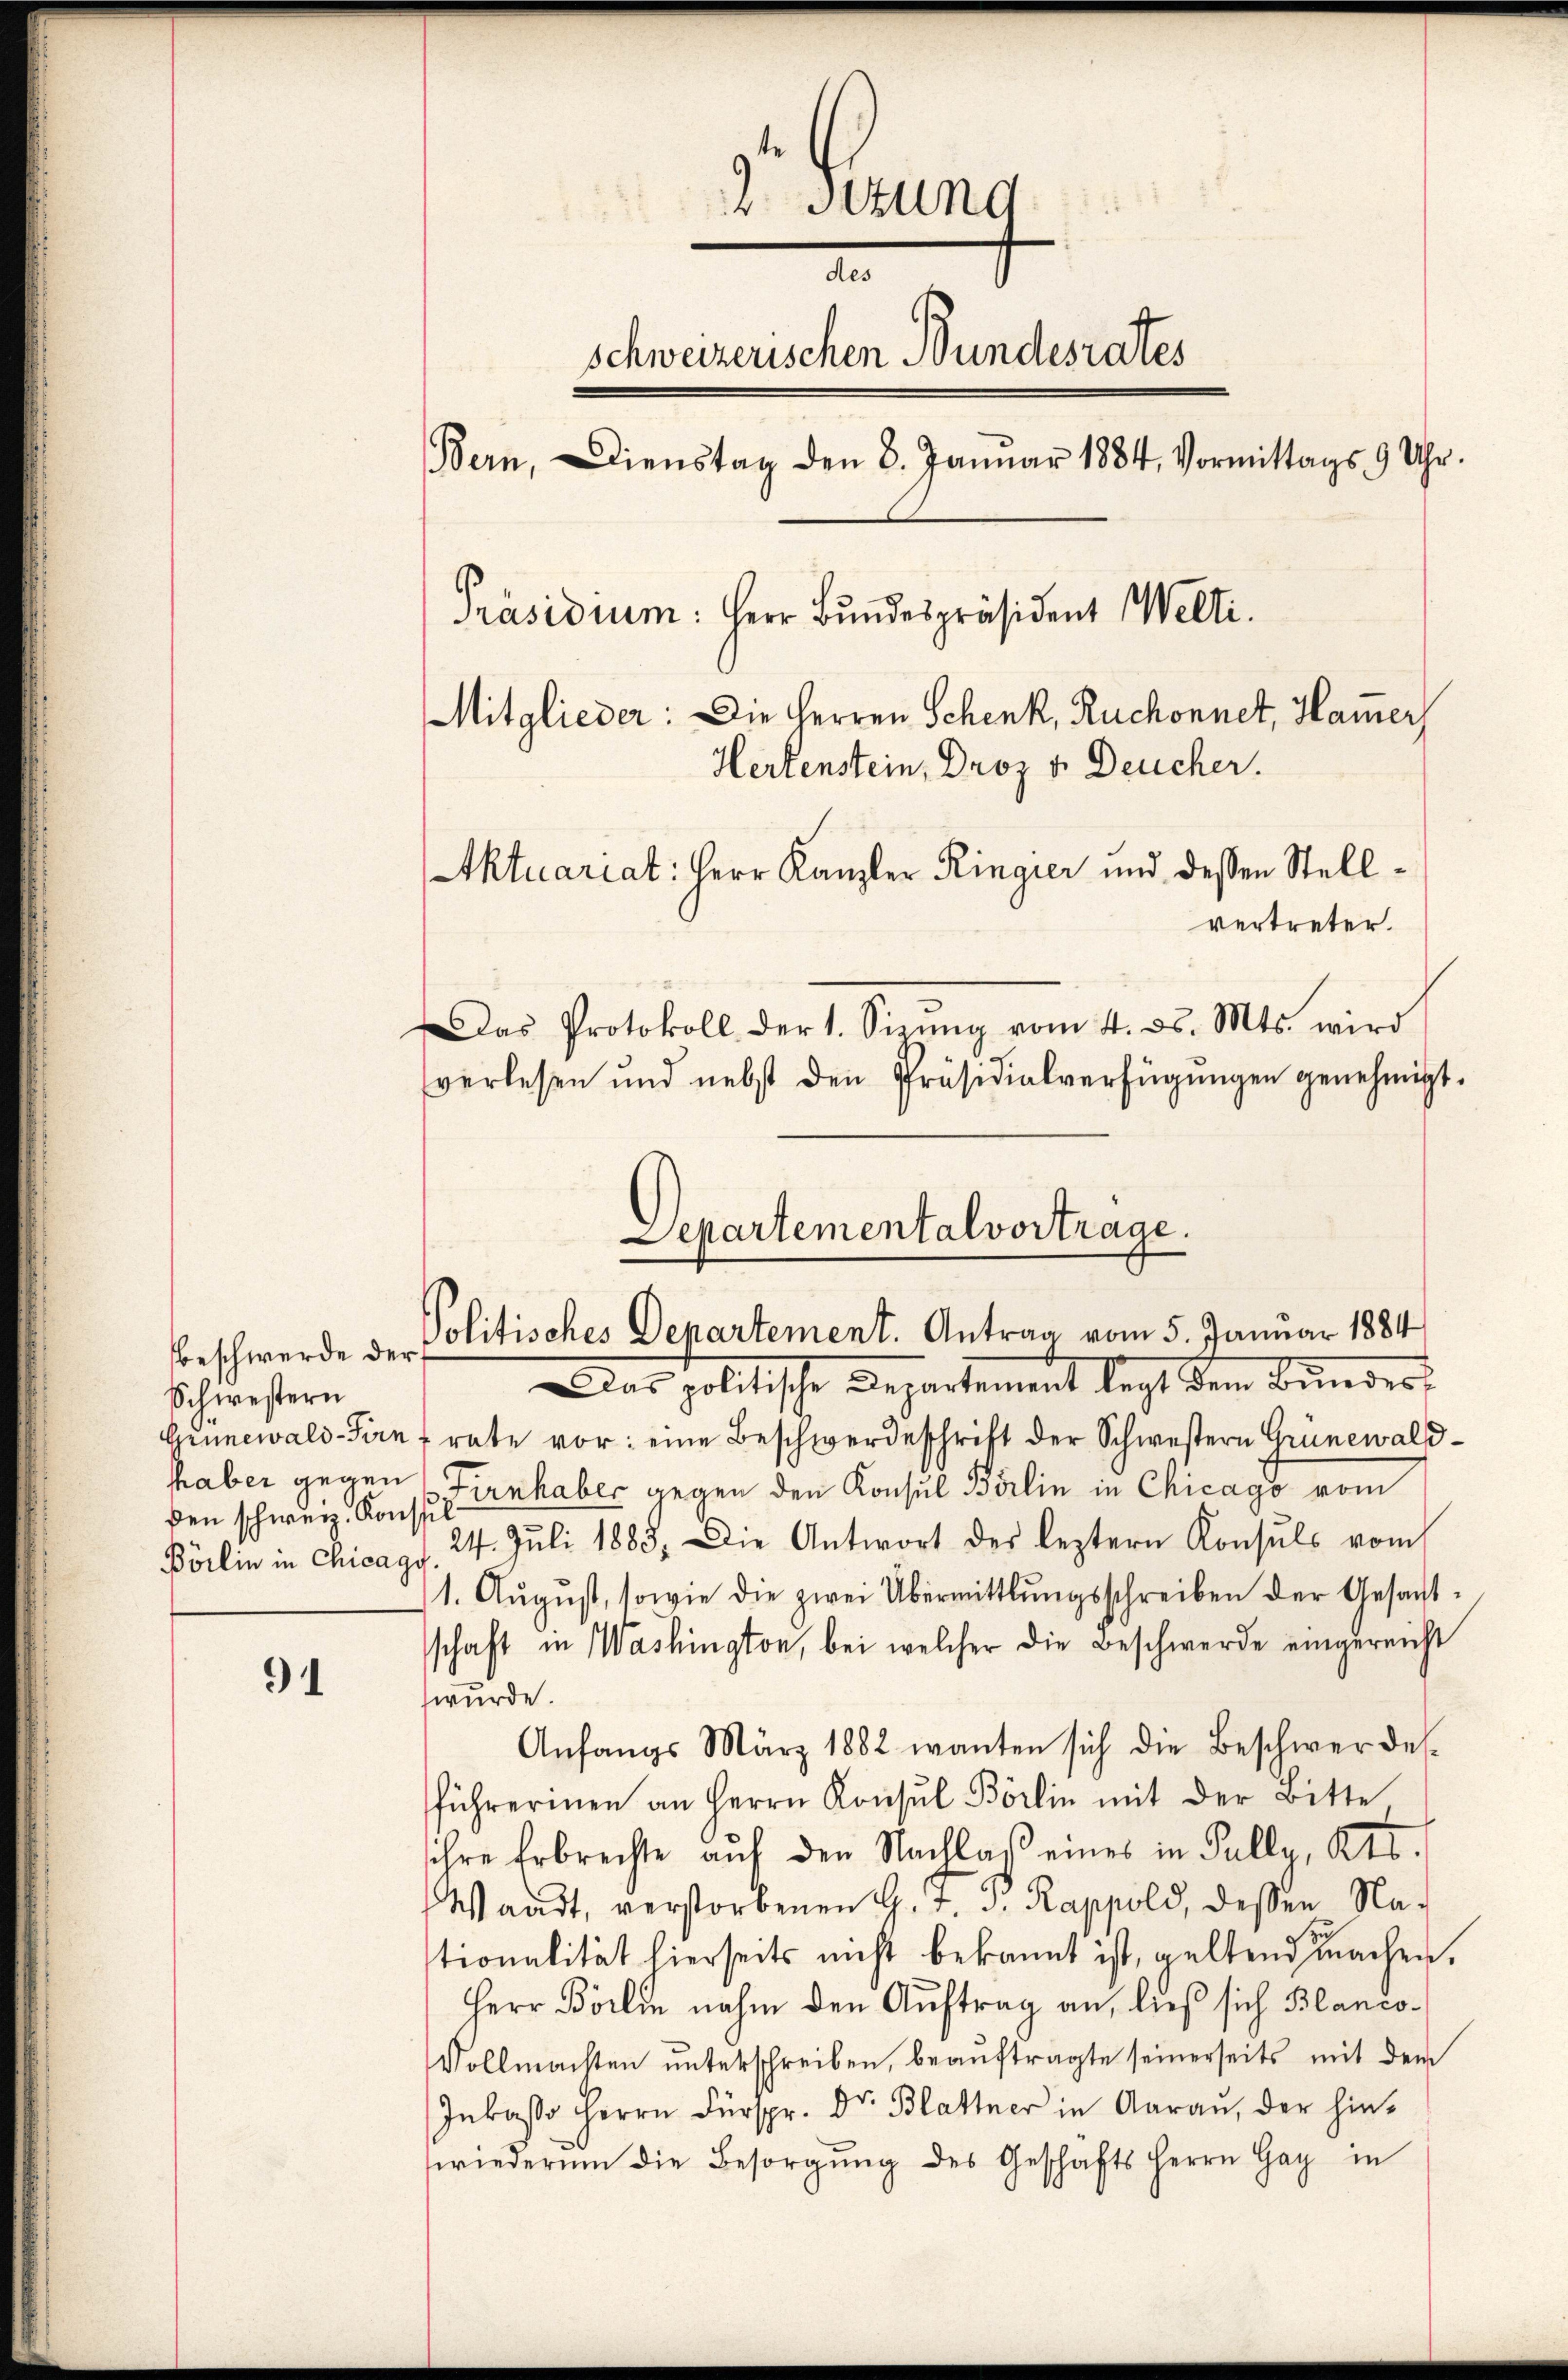
91

2. Sitzung
des
schweizerischen Bundesrates
Bern, Dienstag den 8. Januar 1884, Vormittags 9 Uhr.
Präsidium: Herr Bundespräsident Welti.
Mitglieder: Die Herren Schenk, Ruchonnet, Ham̅er,
Hertenstein, Droz v. Deucher.
Aktuariat: Herr Kanzler Ringier und dessen Stellvertreter.
Das Protokoll der 1. Sizŭng vom 4. ds. Mts. wird
verlesen und nebst den Präsidialverfügŭngen genehmigt.

Schwestern
den schweiz. Konst
Börlin in Chicagy

Das politische Departement legt dem Bundes,
Grünewald-Finf rate vor: eine Beschwerdeschrift der Schwestern Grünewaldhaber gegen (Firnhaber gegen den Konsul Börlin in Chicago vom
24. Juli 1883. Die Antwort des leztern Konsuls vom
1. Aŭgŭst, sowie die zwei Übermittlungsschreiben der Gesachtschaft in Washington, bei welcher die Beschwerde eingereicht
wurde.
Anfangs März 1882 wanten sich die Beschwer des-
führerinen an Herrn Konsŭl Börlin mit der Bitte.
ihre Erbrechte auf den Nachlaß eines in Pally, Kts.
Waadt, verstorbenen G. J. J. Rappold, dessen Na-
tionalität hierseits nicht bekannt ist, geltend machen.
Herr Börlin nahm den Auftrag an, ließ sich Blanco¬
Vollmachten unterschreiben, beaŭftragte seinerseits mit dem
Inkasso Herrn Fürspr. Dr. Blattner in Aarau, der hin-
sriederum die Besorgŭng des Geschäfts Herrn Gay in

Separtemental vortrage.
beschwerde der Politisches Departement. Antrag vom 5. Januar 1884